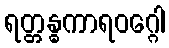
ရတ္တန္ဓကာရဝဂ္ဂေါ